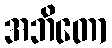
အဘိတော